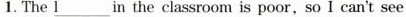
1. The \underline{I} in the classroom is poor,so I can't see